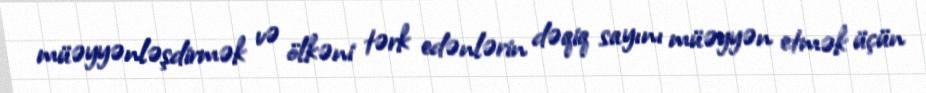
müəyyənləşdirmək və ölkəni tərk edənlərin dəqiq sayını müəyyən etmək üçün